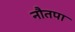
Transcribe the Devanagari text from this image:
नौतपा